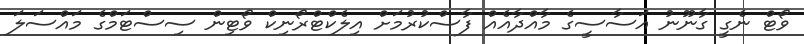
ވޯޓް ނެގީ ގާނޫނު އަސާސީގެ މާއްދާއެއް ފާސްކުރުމަށް އިލެކްޓްރޯނިކް ވޯޓިން ސިސްޓަމްގެ މައްސަލަ